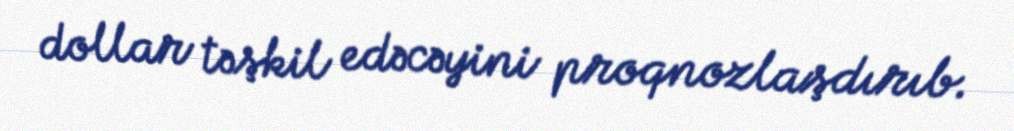
dollar təşkil edəcəyini proqnozlaşdırıb.